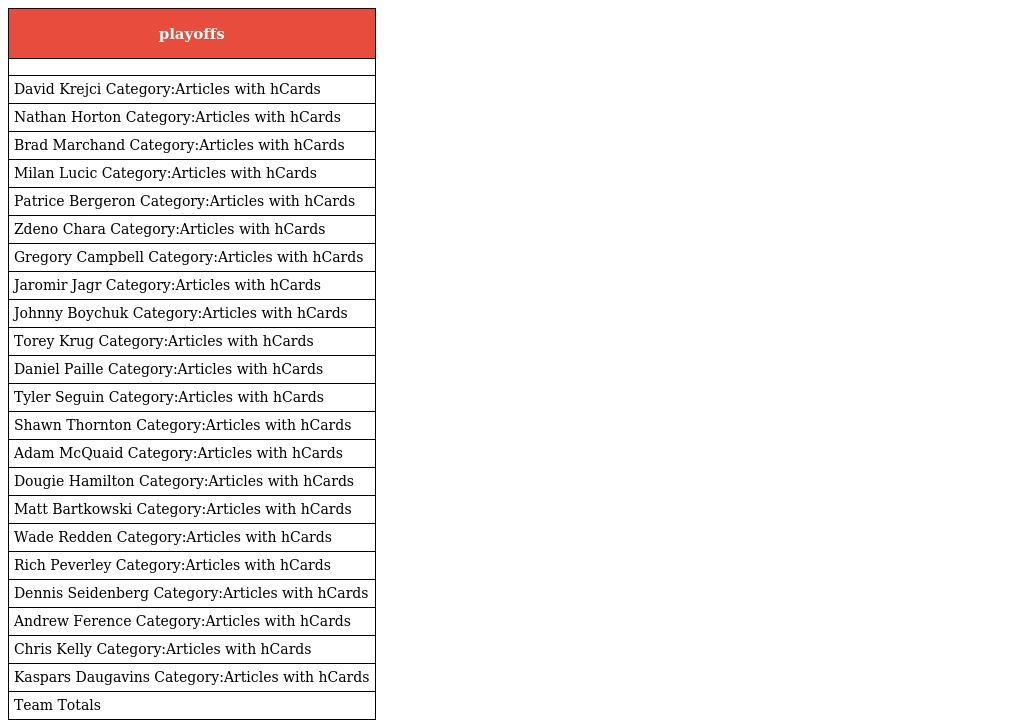
| playoffs |
 | --- |
 |  |
 | David Krejci Category:Articles with hCards |
 | Nathan Horton Category:Articles with hCards |
 | Brad Marchand Category:Articles with hCards |
 | Milan Lucic Category:Articles with hCards |
 | Patrice Bergeron Category:Articles with hCards |
 | Zdeno Chara Category:Articles with hCards |
 | Gregory Campbell Category:Articles with hCards |
 | Jaromir Jagr Category:Articles with hCards |
 | Johnny Boychuk Category:Articles with hCards |
 | Torey Krug Category:Articles with hCards |
 | Daniel Paille Category:Articles with hCards |
 | Tyler Seguin Category:Articles with hCards |
 | Shawn Thornton Category:Articles with hCards |
 | Adam McQuaid Category:Articles with hCards |
 | Dougie Hamilton Category:Articles with hCards |
 | Matt Bartkowski Category:Articles with hCards |
 | Wade Redden Category:Articles with hCards |
 | Rich Peverley Category:Articles with hCards |
 | Dennis Seidenberg Category:Articles with hCards |
 | Andrew Ference Category:Articles with hCards |
 | Chris Kelly Category:Articles with hCards |
 | Kaspars Daugavins Category:Articles with hCards |
 | Team Totals |